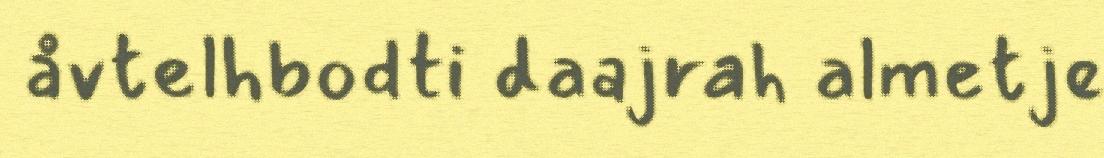
åvtelhbodti daajrah almetje